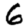
Digit: 6